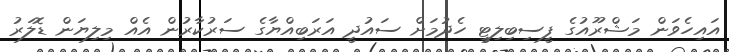
އައިހެވަން މަޝްރޫއުގެ ފީސިބިލިޓީ ހެދުމަށް ސައުދީ އަރަބިއްޔާގެ ސަރުކާރުން އެއް މިލިޔަން ޑޮލަރު